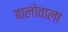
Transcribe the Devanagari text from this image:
बालोवाला